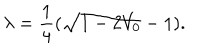
\lambda = { \frac { 1 } { 4 } } ( \sqrt { 1 - 2 V _ { 0 } } - 1 ) .